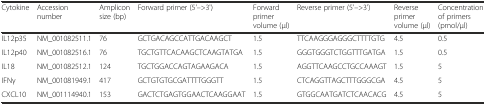
| Cytokine | Accession number | Amplicon size (bp) | Forward primer (5'–>3') | Forward primer volume (μl) | Reverse primer (5'–>3') | Reverse primer volume (μl) | Concentration of primers (pmol/μl) |
 | --- | --- | --- | --- | --- | --- | --- | --- |
 | IL12p35 | NM_001082511.1 | 76 | GCTGACAGCCATTGACAAGCT | 1.5 | TTCAAGGGAGGGCTTTTGTG | 4.5 | 0.5 |
 | IL12p40 | NM_001082516.1 | 76 | TGCTGTTCACAAGCTCAAGTATGA | 1.5 | GGGTGGGTCTGGTTTGATGA | 1.5 | 0.5 |
 | IL18 | NM_001082512.1 | 124 | TGCTGGACCAGTAGAAGACA | 1.5 | AGGTTCAAGCCTGCCAAAGT | 1.5 | 5 |
 | IFNγ | NM_001081949.1 | 417 | GCTGTGTGCGATTTTGGGTT | 1.5 | CTCAGGTTAGCTTTGGGCGA | 4.5 | 5 |
 | CXCL10 | NM_001114940.1 | 153 | GACTCTGAGTGGAACTCAAGGAAT | 1.5 | GTGGCAATGATCTCAACACG | 4.5 | 5 |